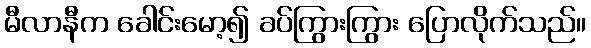
မီလာနီက ခေါင်းမော့၍ ခပ်ကြွားကြွား ပြောလိုက်သည်။